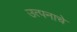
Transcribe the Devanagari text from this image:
उत्पनाचे